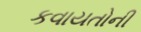
કવાયતોની